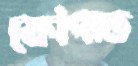
ফোঁপাত